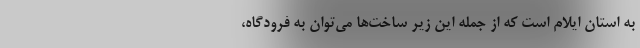
به استان ایلام است که از جمله این زیر ساخت‌ها می‌توان به فرودگاه،